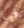
فيا